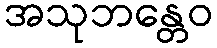
အသုဘန္တေဝ